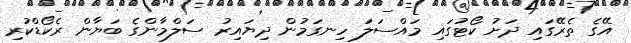
އޭގެ ތެރޭގައި ދަށު ކޯޓުގައި މައްސަލަ ހިނގަމުން ދިޔައިރު ސަލްމާންގެ ބަޔާން ރެކޯޑްކުރި